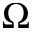
\Omega